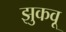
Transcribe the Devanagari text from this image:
झुकवू